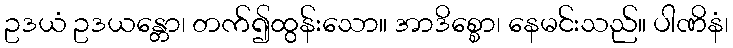
ဥဒယံ ဥဒယန္တော၊ တက်၍ထွန်းသော။ အာဒိစ္စော၊ နေမင်းသည်။ ပါဏိနံ၊